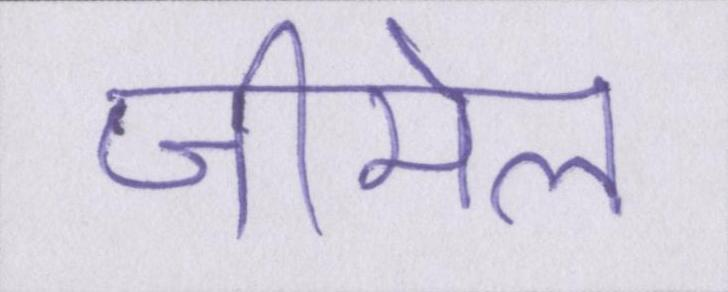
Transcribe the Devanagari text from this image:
जीमेल